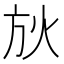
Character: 𣃛